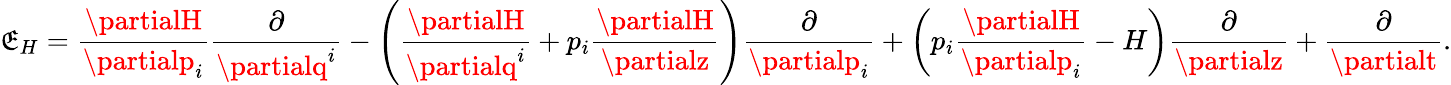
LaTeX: \mathfrak{E}_{H}=\frac{{\partialH}}{{\partialp_{i}}}\frac{{\partial}}{{\partialq^{i}}}-\left(\frac{{\partialH}}{{\partialq^{i}}}+p_{i}\frac{{\partialH}}{{\partialz}}\right)\frac{{\partial}}{{\partialp_{i}}}+\left(p_{i}\frac{{\partialH}}{{\partialp_{i}}}-H\right)\frac{{\partial}}{{\partialz}}+\frac{{\partial}}{{\partialt}}.